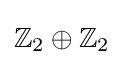
\mathbb {Z} _{2}\oplus \mathbb {Z} _{2}